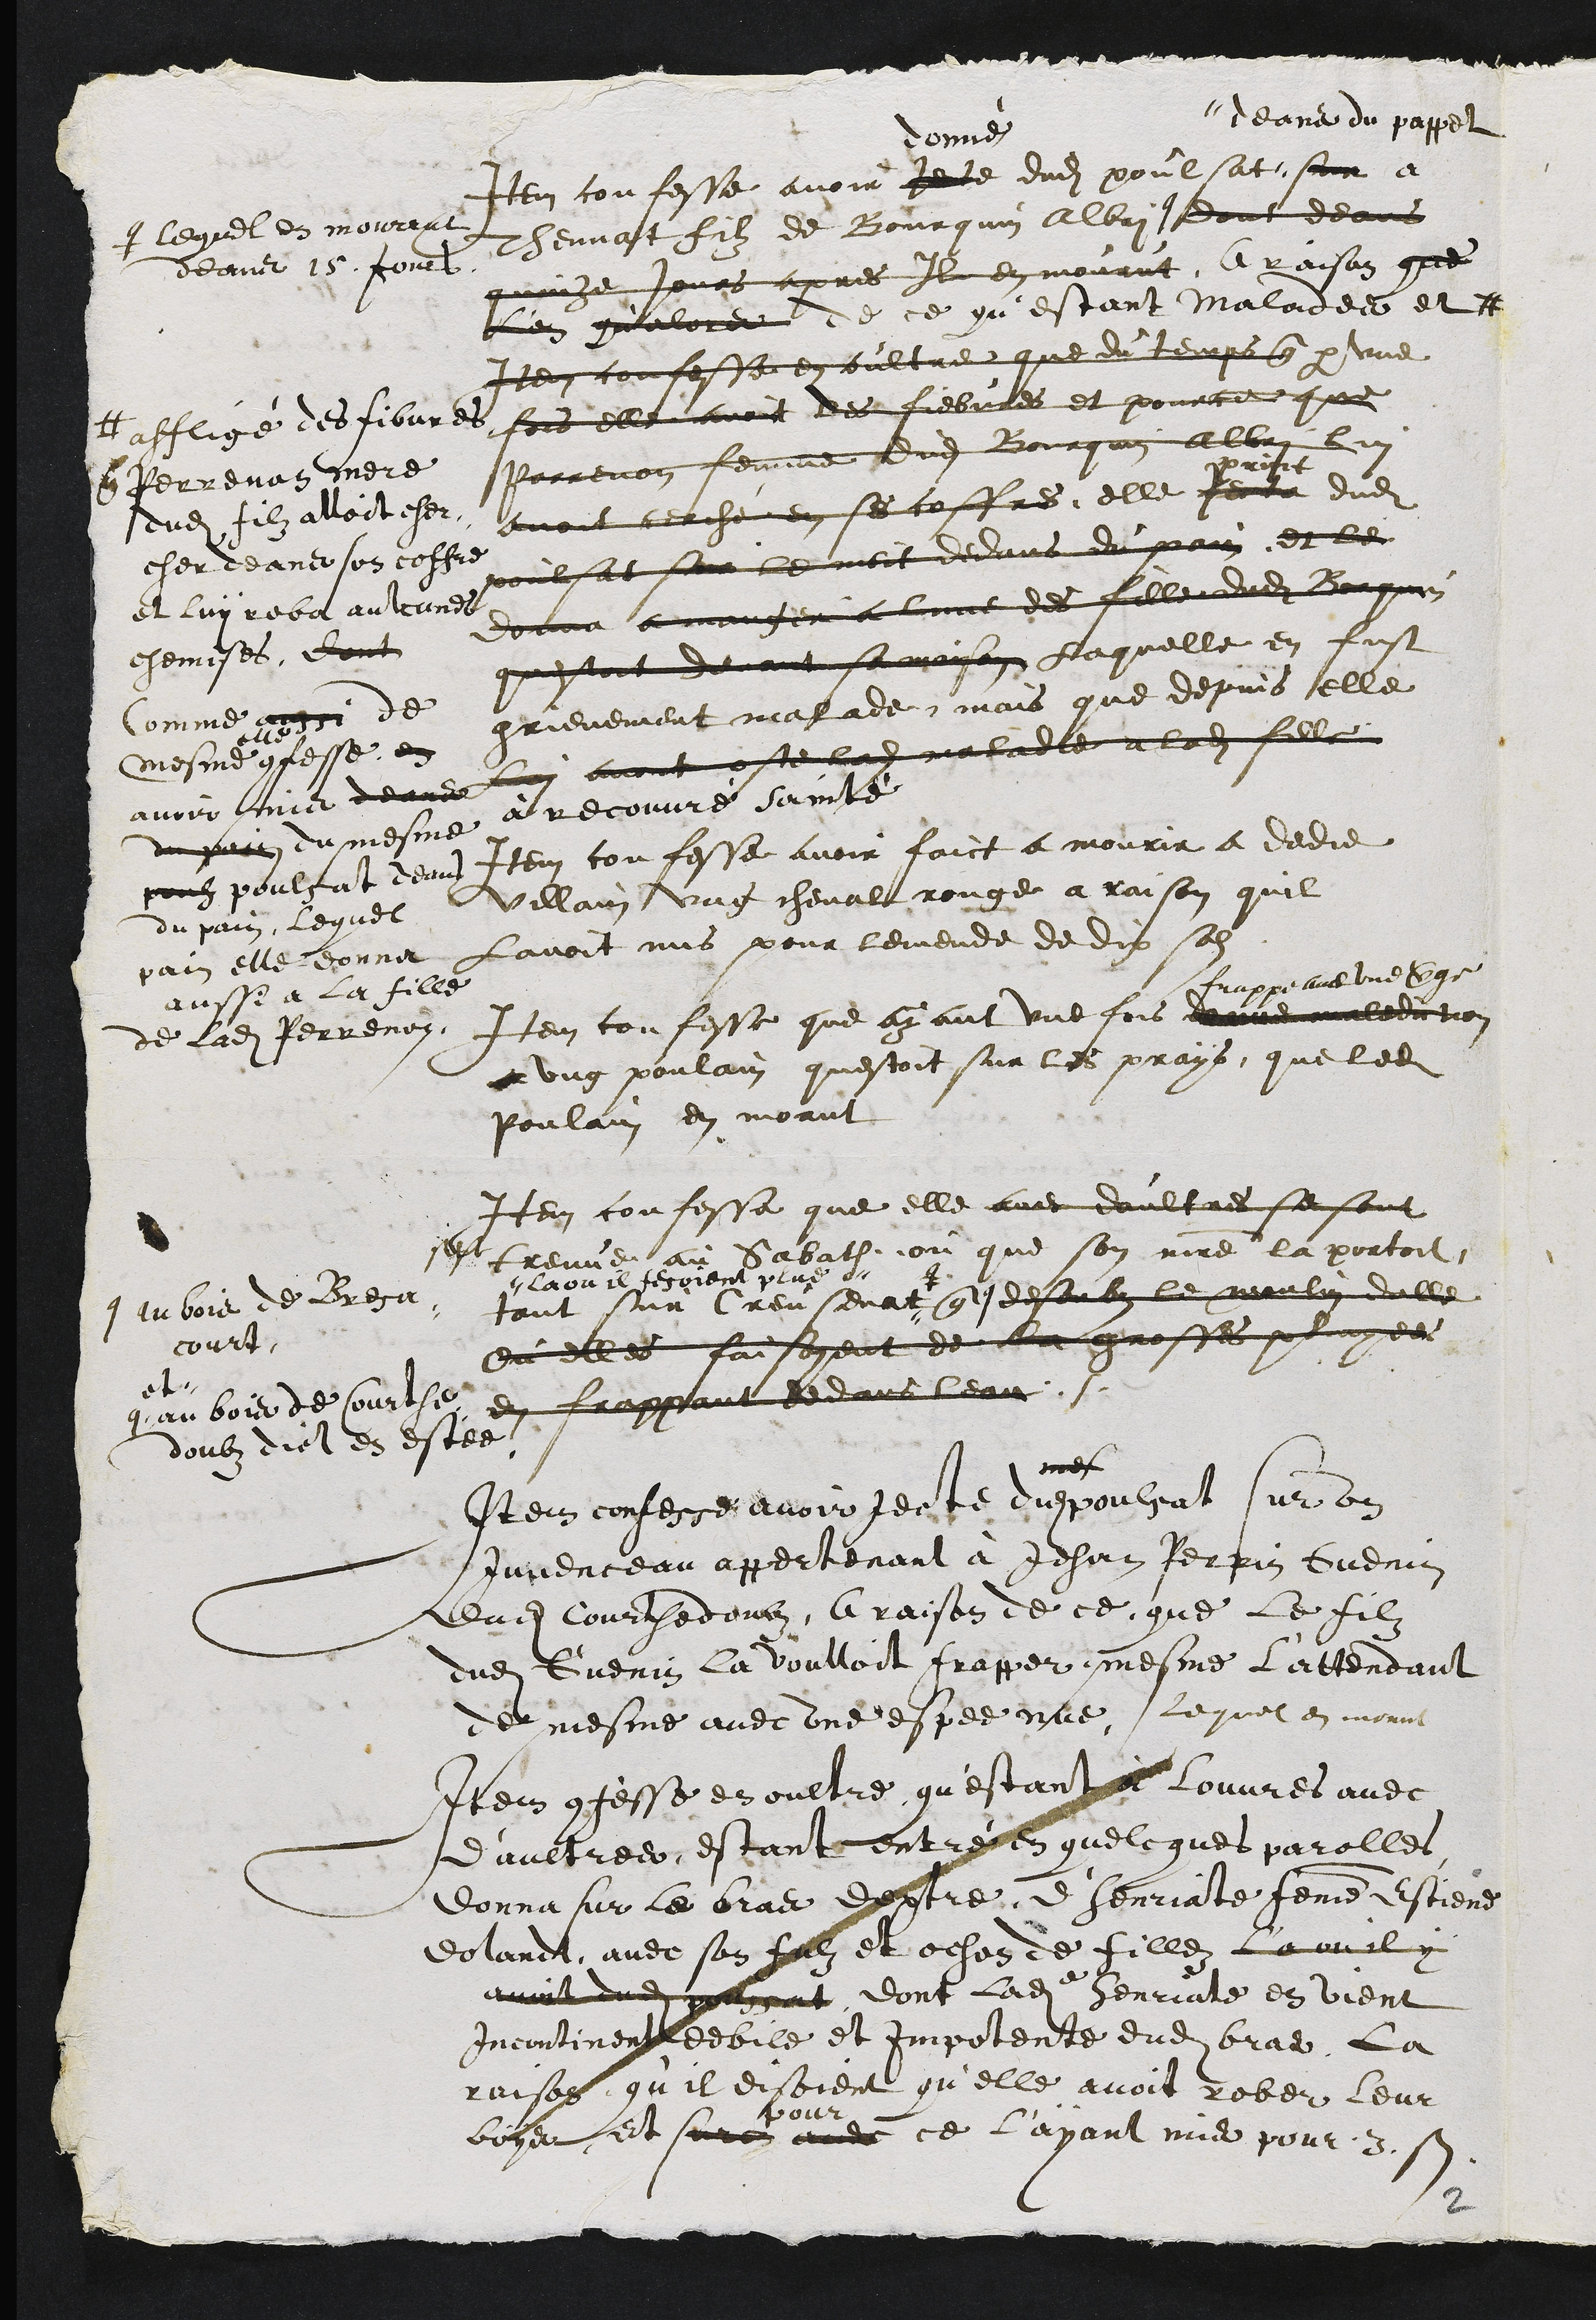
Item confesse avoir
donné
Jecte dudit poulsat
deans du pappel
sur a
Thennat filz de Bourquin Albri q
q lequel en mourrut
deans 15 Jours
dont deans
quinze Jours apres Il en mourut a raison que
lon qualors de ce questant Malades et #
# affligé des fibvres
que Perrenon mere
dudit filz alloit cher-
cher deans son coffre
et luy roba aulcunes
chemises dont
Comme aussi de
mesme
elle
confesse en
avoir mis deans
du pain du mesme
pouh poulsat deans
du pain lequel
pain elle donna
aussi a la fille
de ladite Perrenon.
Item confesse en oultre que du temps que par une
fois elle avoit des fiebvres et pour ce que
Parrenon femme dudit Bourquin Albri lui
avoit cerché en ses coffres elle
print
Jecta dudit
poulsat sur le meit dedans du pain et le
donna a manger a lune des fille dudit Borquin
questoit devant sa maison Laquelle en fust
grievement malade mais que depuis elle
lui avoit oste ladite maladie a ladite fille
à recouvré sainté
Item confesse avoir faict a mourir a dodie
villain ung cheval rouge a raison quil
Lavoit mis pour lemende de dix sols
Item confesse que ayant une fois
frappe avec une verge
donne malediction
a ung poulain questoit sur les prays, que ledit
Poulain en morut
Item confesse que elle avec daultres se sont
sest treuve au Sabath ou que son maitre la portoit
tant sur Creusenat
la ou il fesoient plus q
q au bois de Bresa-
court
et
que q
q au bois de Courthe-
doubs dict en estee
desoubs le moulin dalle
ou elles faisoyent de la grosses pluyees
en frappant dedans leau
Item confesse avoir Jecte dudit
mes
poulsat sur un
Juvenceau appertenant à Jehan Perrin Guenin
dudit Courthedoubz A raison de ce que le filz
dudit Guenin la voulloit frapper mesme L'attendant
de mesme avec une espee nue Lequel en morut
Item confesse en oultre questant à louvres avec
daultres, estant entré en quelcques parolles
donna sur le bras dextre d'henriate femme Estiene
Dolandt avec son fulz et ochon de fillez la ou il y
avoit dudit poulsat dont ladite henriate en vient
Incontinent debile et Impotente dudit bras. La
raison qu'il disoient qu'elle avoit rober leur
boys et surce avec
pour
ce l'ayant mis pour .3. sols